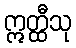
ဣတ္ထီသု